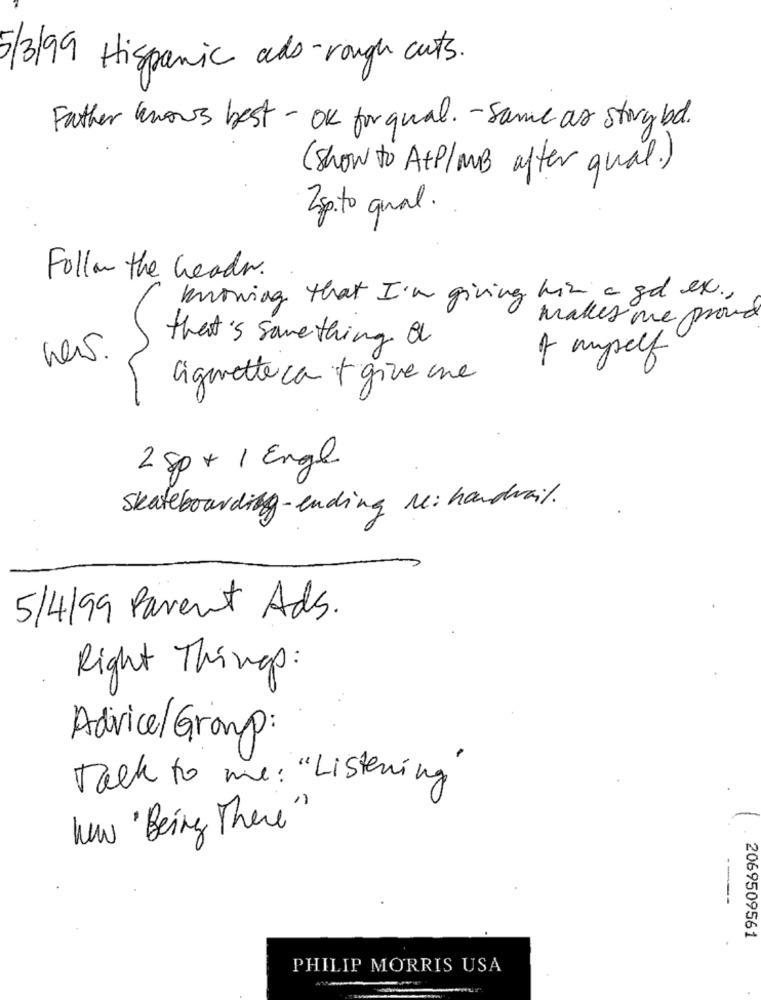
5/3/99 Hispanic ads -rough cuts.
Father knows best - OK for qual. - same as story bd.
(show to AtP/MB after qual.)
2sp.to qual.
Follow the leader.
knowing that I'm giving him a gd ex .,
makes me proud
that's something of
news.
of aself
Cigaretteca + give une
2 sp + 1 Engl
Skateboarding-ending Me: handrail.
5/4/99 Parent Ads.
Right Things:
Advice/ Group:
Talk to me : " Listening"
now ' Being There"
1.
--
2069509561
PHILIP MORRIS USA